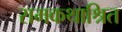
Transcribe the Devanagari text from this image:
रामकथाश्रित